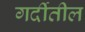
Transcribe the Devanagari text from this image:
गर्दीतील